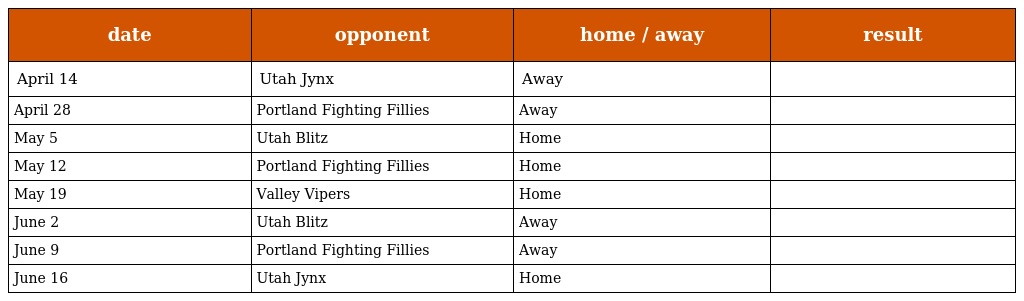
| date | opponent | home / away | result |
 | --- | --- | --- | --- |
 | April 14 | Utah Jynx | Away |  |
 | April 28 | Portland Fighting Fillies | Away |  |
 | May 5 | Utah Blitz | Home |  |
 | May 12 | Portland Fighting Fillies | Home |  |
 | May 19 | Valley Vipers | Home |  |
 | June 2 | Utah Blitz | Away |  |
 | June 9 | Portland Fighting Fillies | Away |  |
 | June 16 | Utah Jynx | Home |  |